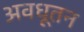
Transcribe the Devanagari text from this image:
अवधूतन